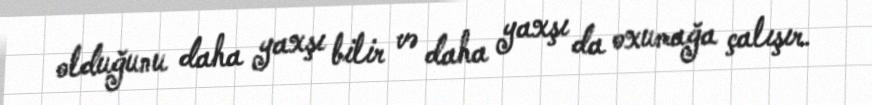
olduğunu daha yaxşı bilir və daha yaxşı da oxumağa çalışır.